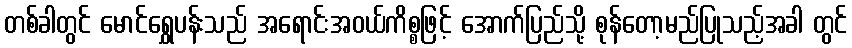
တစ်ခါတွင် မောင်ရွှေပန်းသည် အရောင်းအဝယ်ကိစ္စဖြင့် အောက်ပြည်သို့ စုန်တော့မည်ပြုသည့်အခါ တွင်